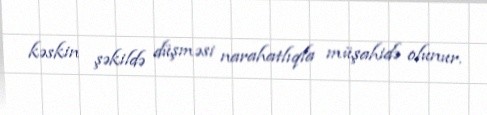
kəskin şəkildə düşməsi narahatlıqla müşahidə olunur.